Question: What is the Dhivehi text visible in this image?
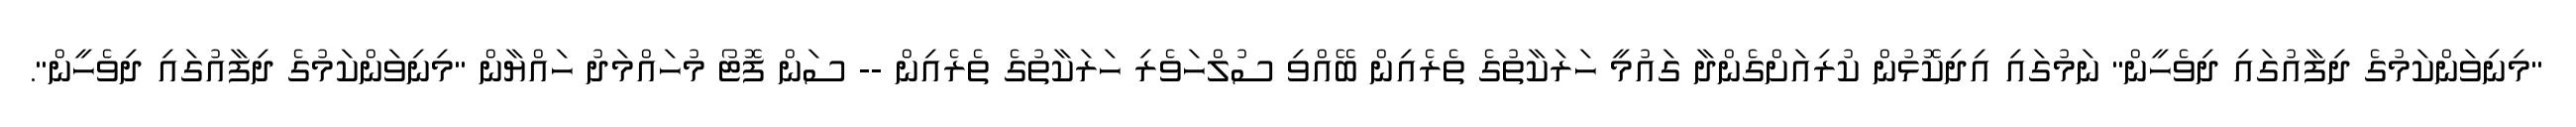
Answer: "މިނިވަންކަމުގެ ދިފާއުގައި ދިވެހީން" ނަމުގައި އިދިކޮޅުން ކުރިއަށްގެންދާ ގައުމީ ހަރަކާތުގެ ތެރެއިން ބޭއްވި ސުލްހަވެރި ހަރަކާތުގެ ތެރެއިން -- ސަން ފޮޓޯ މުހައްމަދު ހައްޔާން "މިނިވަންކަމުގެ ދިފާއުގައި ދިވެހީން".